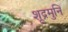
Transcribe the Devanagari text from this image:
शूद्रमुनि